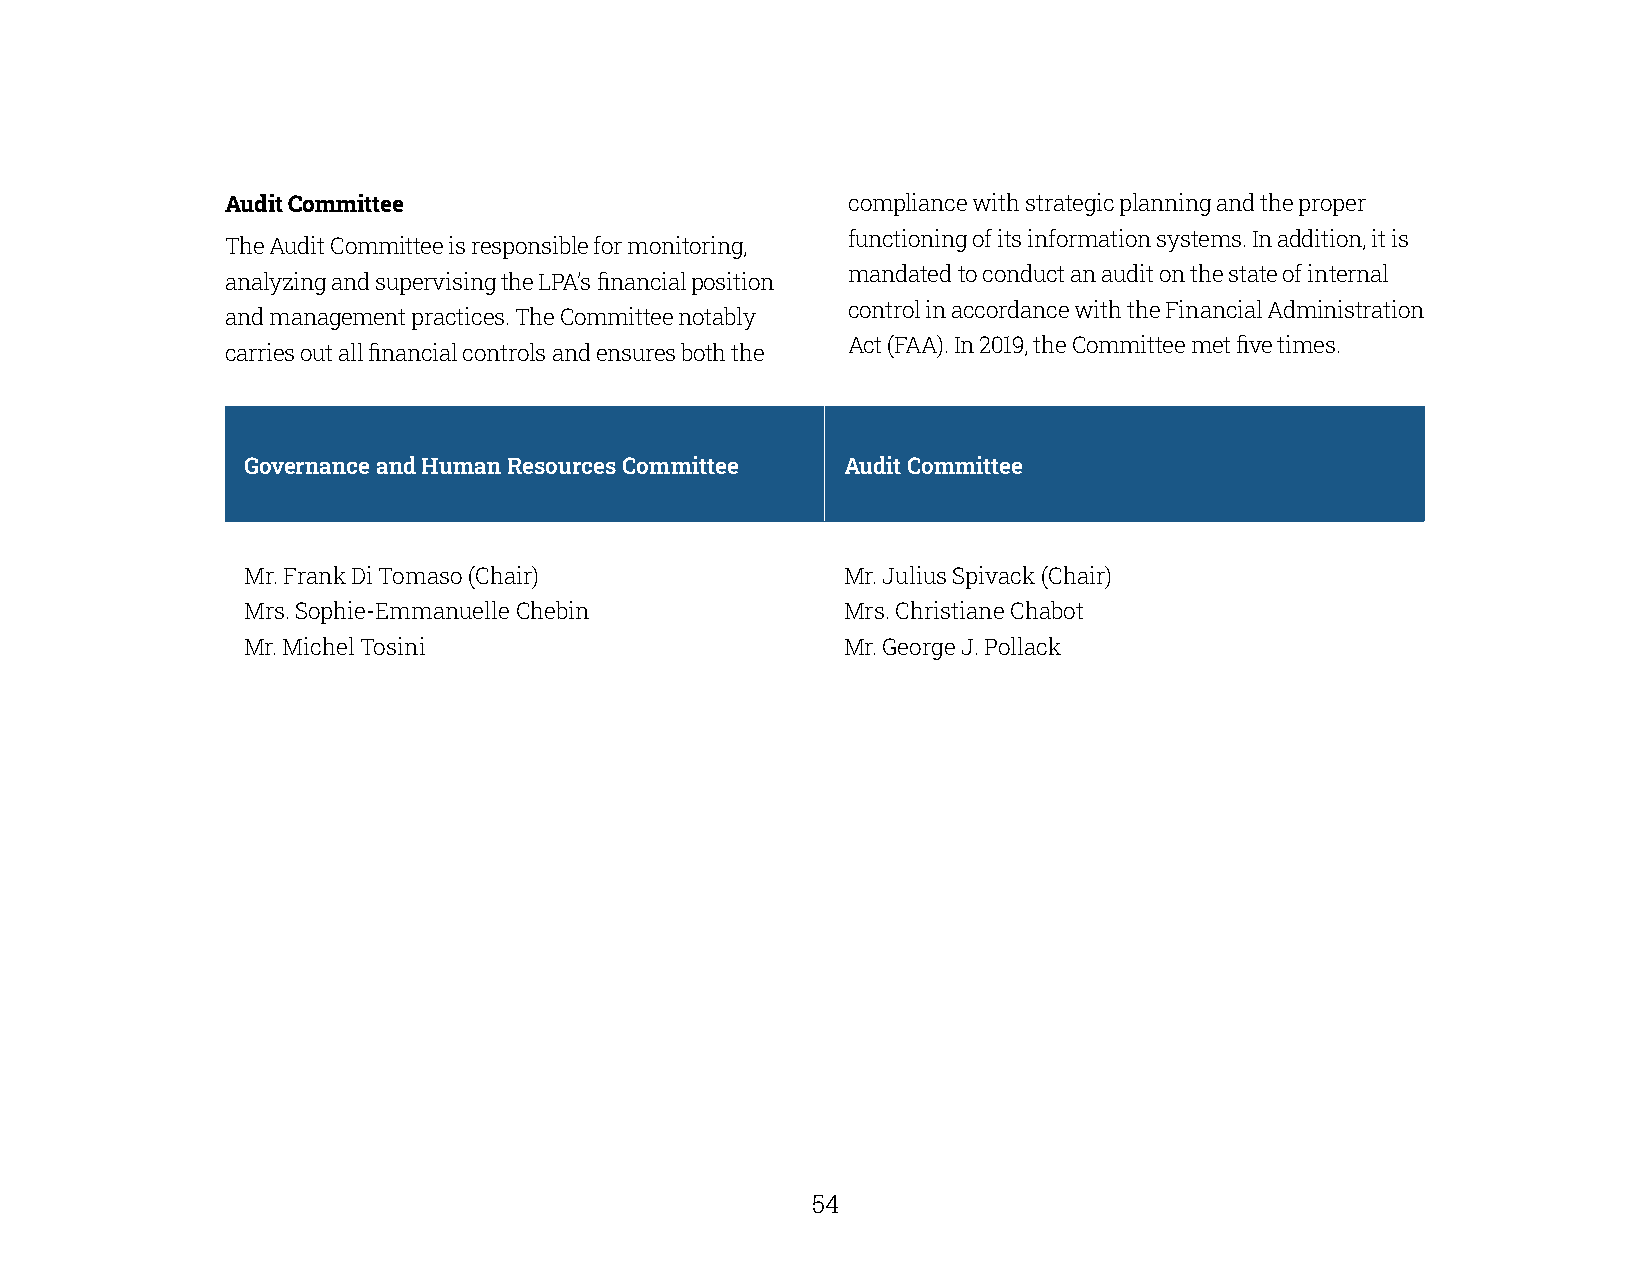
Audit Committee                          compliance with strategic planning and the proper
 functioning of its information systems. In addition, it is
 The Audit Committee is responsible for monitoring,
 mandated to conduct an audit on the state of internal
 analyzing and supervising the LPA’s financial position
 control in accordance with the Financial Administration
 and management practices. The Committee notably
 Act (FAA). In 2019, the Committee met five times.
 carries out all financial controls and ensures both the
 Governance and Human Resources Committee Audit Committee
 Mr. Frank Di Tomaso (Chair)             Mr. Julius Spivack (Chair)
 Mrs. Sophie-Emmanuelle Chebin           Mrs. Christiane Chabot
 Mr. Michel Tosini                       Mr. George J. Pollack
 54